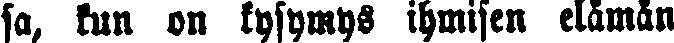
sa, kun on kysymys ihmisen elämän